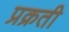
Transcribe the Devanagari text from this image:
प्रक्रती